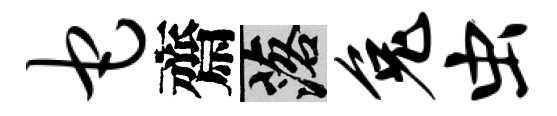
它齋落兔虫